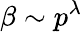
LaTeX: \beta\sim p^{\lambda}